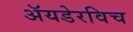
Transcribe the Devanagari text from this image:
अॅयडेरविच